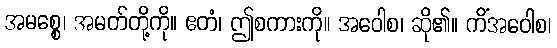
အမစ္စေ၊ အမတ်တို့ကို။ ဧတံ၊ ဤစကားကို။ အဝေါစ၊ ဆို၏။ ကိံအဝေါစ၊